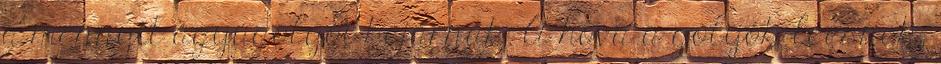
a mennyit ágyúgolyói bejárnak. A hova a golyók leesnek,